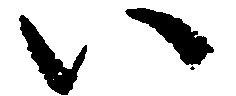
い